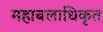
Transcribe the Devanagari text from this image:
महाबलाधिकृत